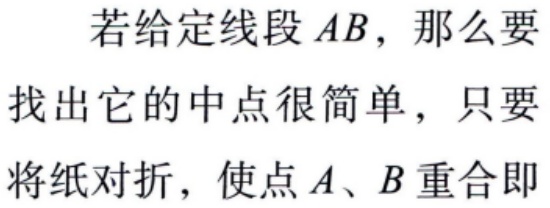
若给定线段 \(AB\)，那么要找出它的中点很简单，只要将纸对折，使点 \(A、B\) 重合即